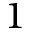
1